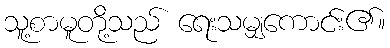
သူ့စာမူတို့သည် ရေးသမျှကောင်း၏။